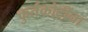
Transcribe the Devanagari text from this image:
कुर्तकोटींना